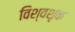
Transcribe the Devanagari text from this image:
विश्वशृक